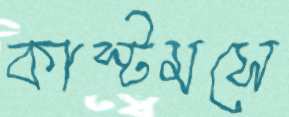
কাস্টমসে